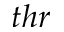
t h r